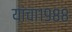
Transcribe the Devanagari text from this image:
यांचा१९८८